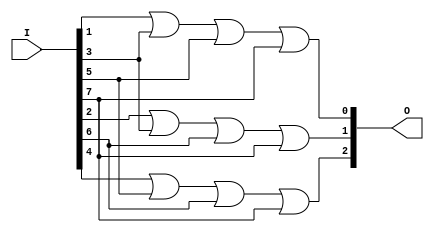
module bit (O,I);
output [2:0] O;
input [7:0] I;
or (O[0],I[1],I[3],I[5],I[7]);
or (O[1],I[2],I[3],I[6],I[7]);
or (O[2],I[4],I[5],I[6],I[7]);
endmodule